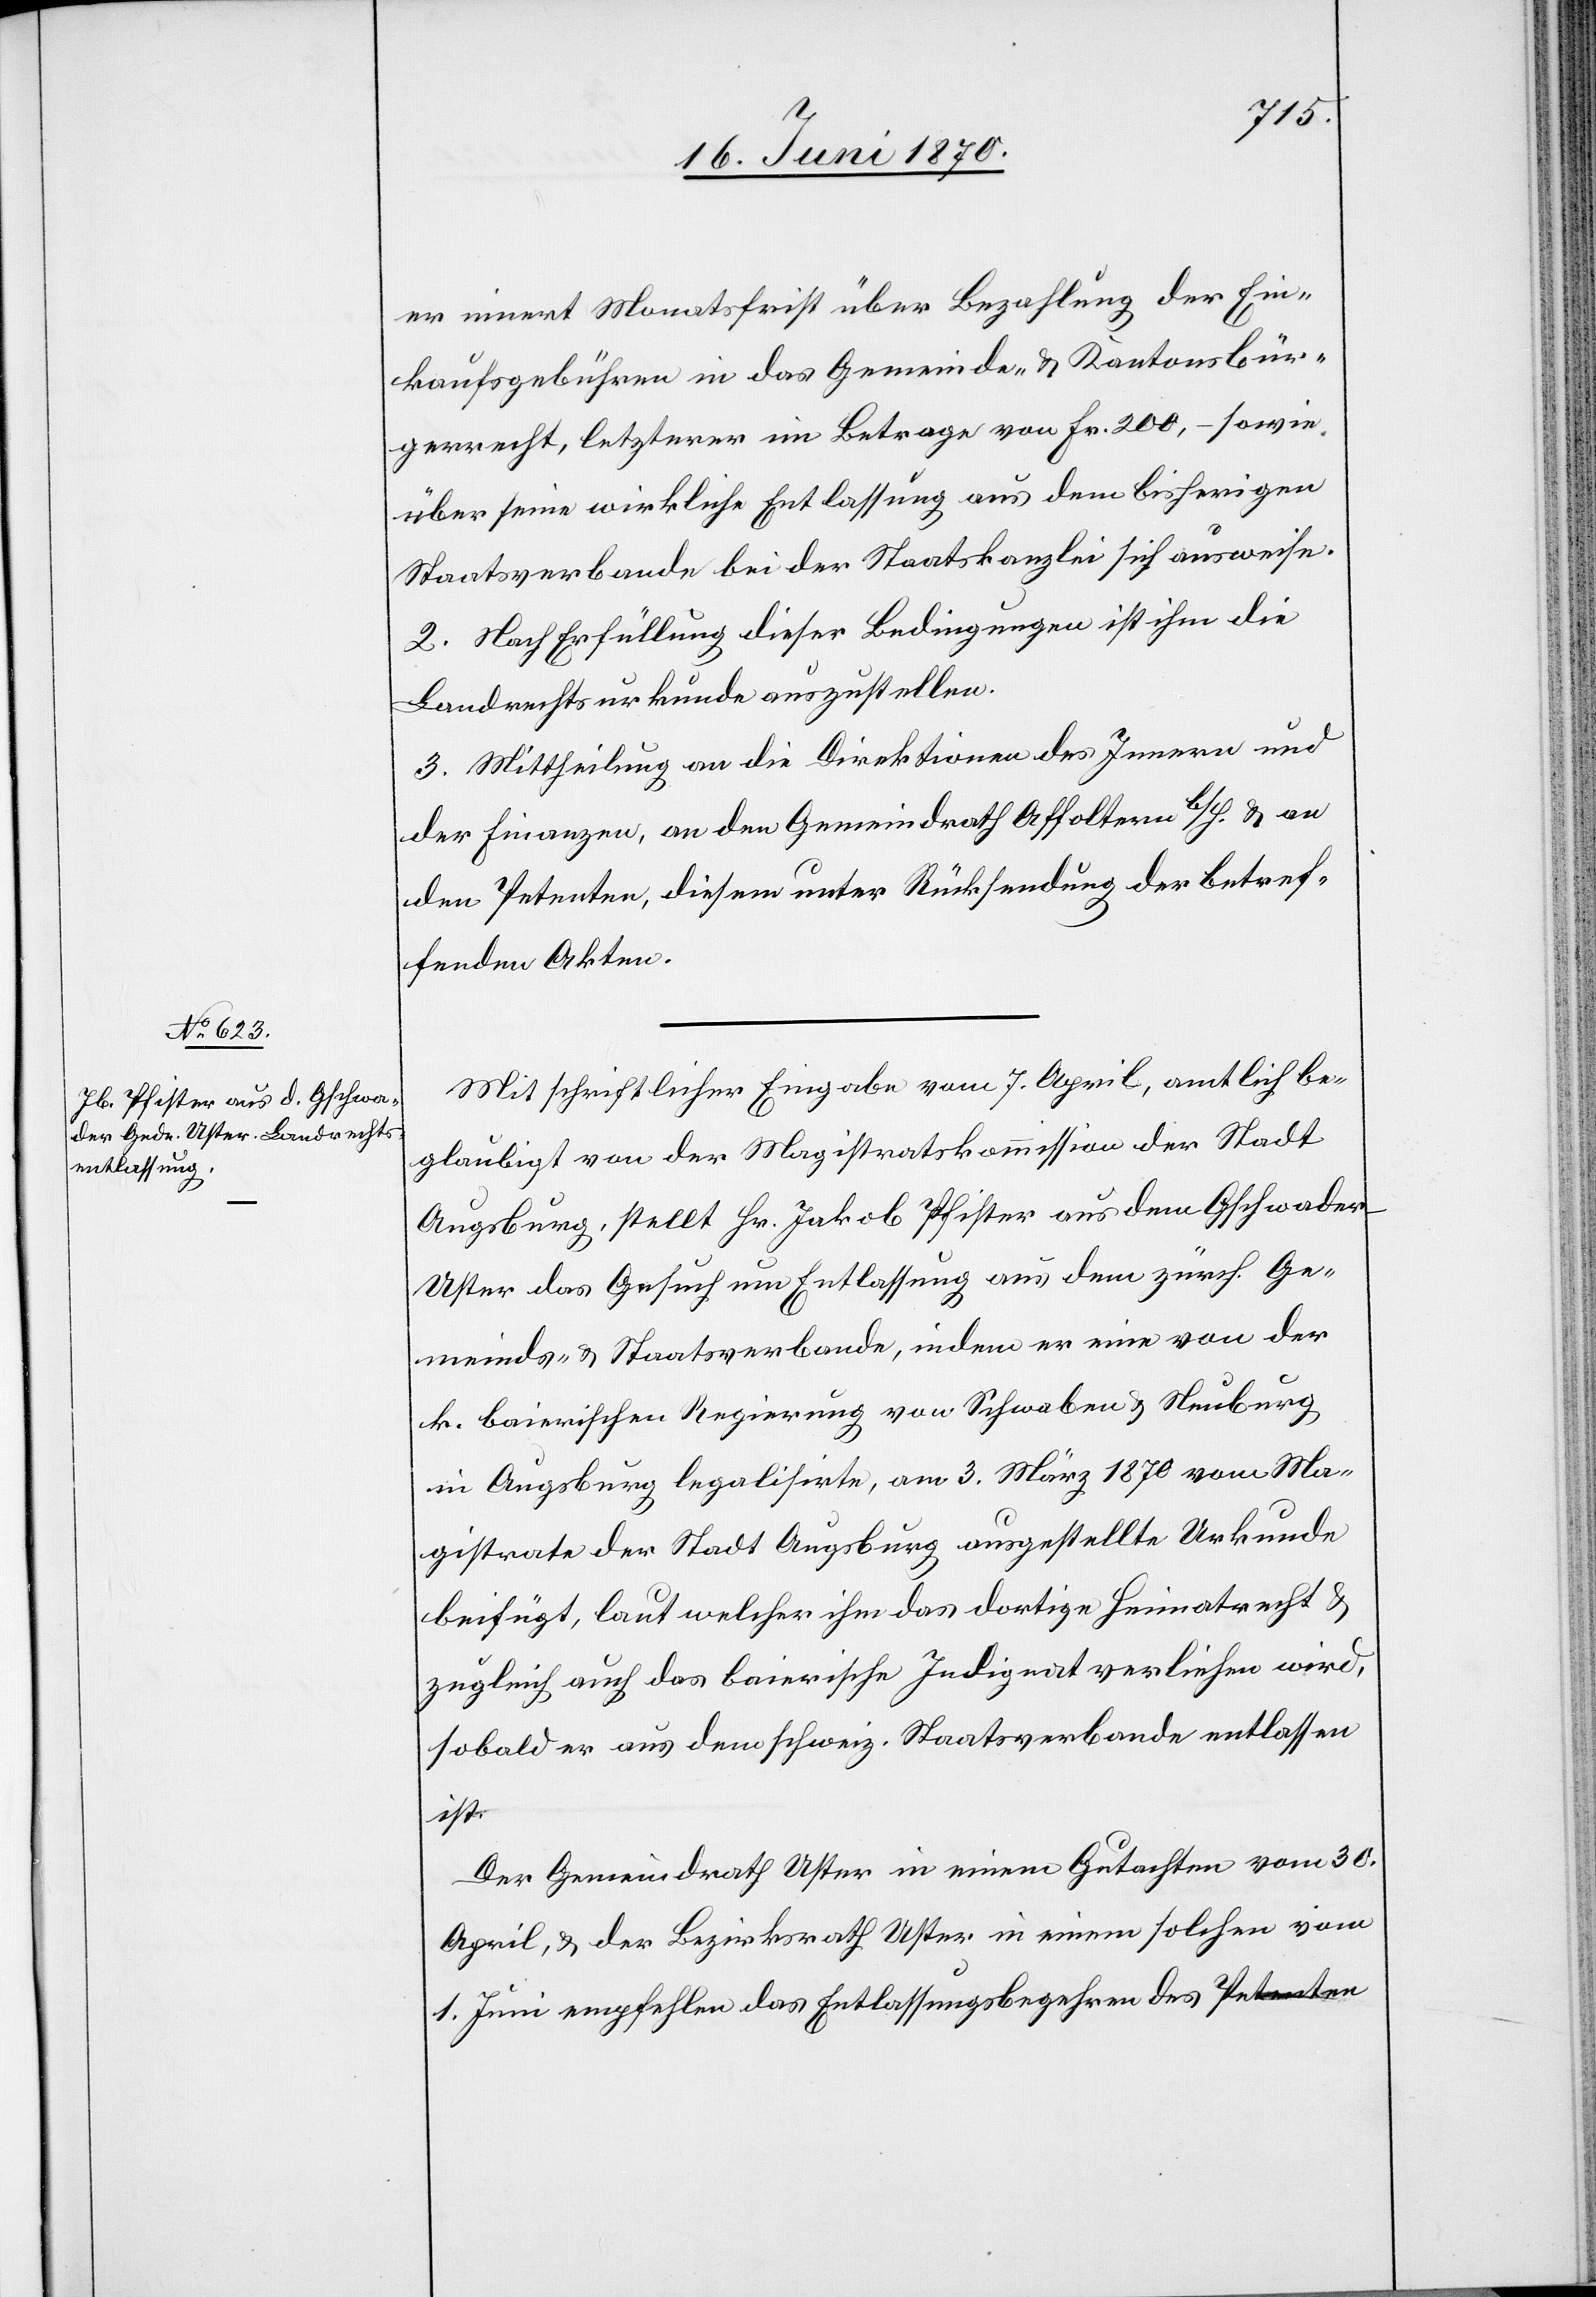
er innert Monatsfrist über Bezahlung der Ein¬
kaufsgebühren in das Gemeinde- & Kantonsbür¬
gerrecht, letzterer im Betrage von Fr. 200, – sowie
über seine wirkliche Entlassung aus dem bisherigen
Staatsverbande bei der Staatskanzlei sich ausweise.
2. Nach Erfüllung dieser Bedingungen ist ihm die
Landrechtsurkunde auszustellen.
3. Mittheilung an die Direktion des Innern und
der Finanzen, an den Gemeindrath Affoltern b/H. & an
den Petenten, diesem unter Rücksendung der betref¬
fenden Akten.
Mit schriftlicher Eingabe vom 7. April, amtlich be¬
glaubigt von der Magistratskommission der Stadt
Augsburg, stellt Hr. Jakob Pfister aus dem Gschwader
Uster, das Gesuch um Entlassung aus dem zürch. Ge¬
meinds- & Staatsverbande, indem er eine von der
k. baierischen Regierung von Schwaben & Neuburg
in Augsburg legalisirte, am 3. März 1870 vom Ma¬
gistrate der Stadt Augsburg ausgestellte Urkunde
beifügt, laut welcher ihm das dortige Heimatrecht &
zugleich auch das baierische Indignat verliehen wird,
sobald er aus dem schweiz. Staatsverbande entlassen
ist.
Der Gemeindrath Uster in einem Gutachten vom 30.
April, & der Bezirksrath Uster in einem solchen vom
1. Juni empfehlen das Entlassungsbegehren des Petenten